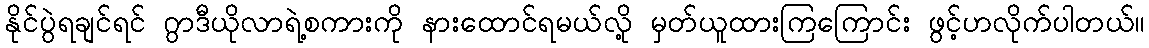
နိုင်ပွဲရချင်ရင် ဂွာဒီယိုလာရဲ့စကားကို နားထောင်ရမယ်လို့ မှတ်ယူထားကြကြောင်း ဖွင့်ဟလိုက်ပါတယ်။